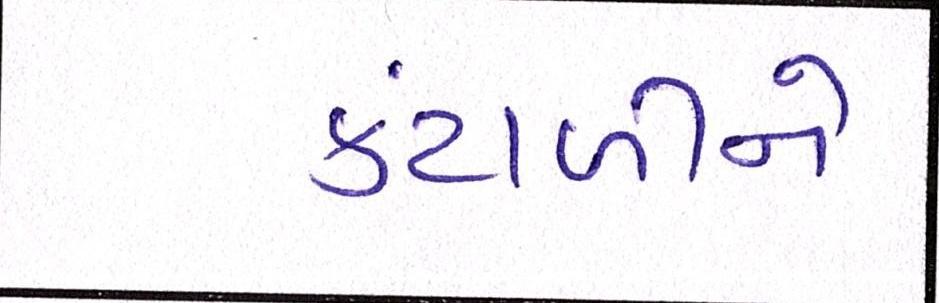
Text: કંટાળીને